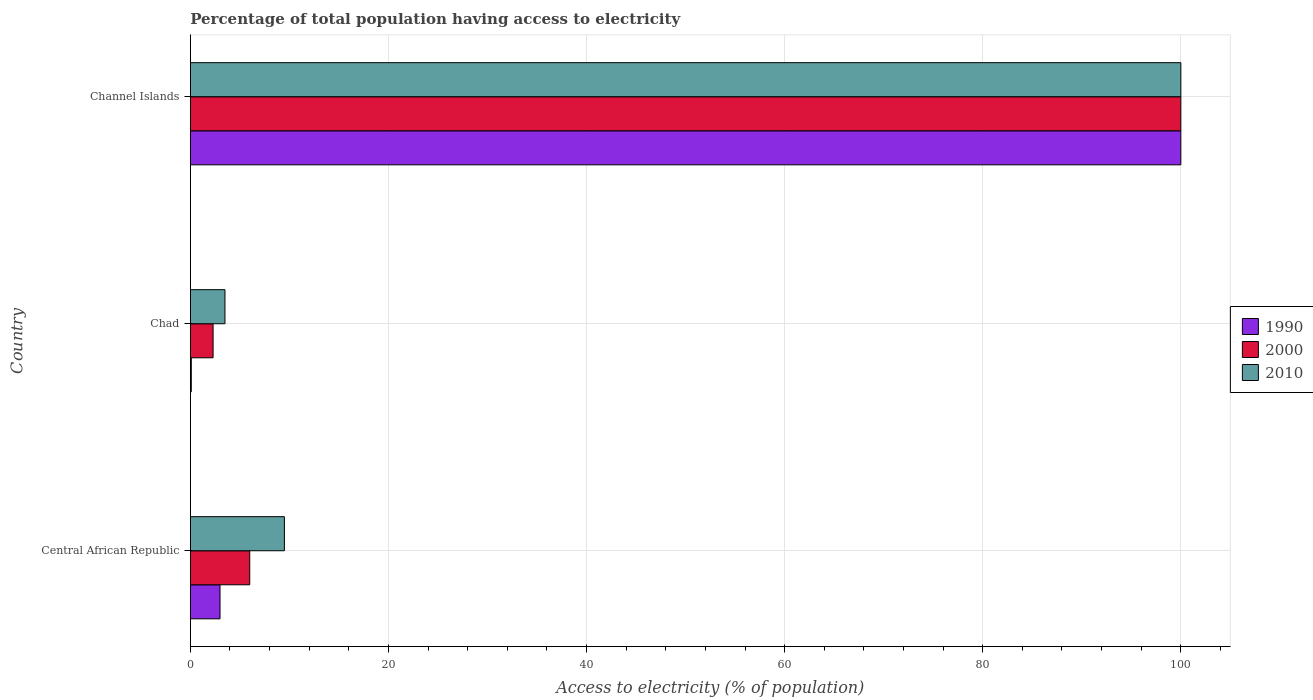
| Country | 1990 | 2000 | 2010 |
 | --- | --- | --- | --- |
 | Central African Republic | 3 | 6 | 9.5 |
 | Chad | 0.1 | 2.3 | 3.5 |
 | Channel Islands | 100 | 100 | 100 |